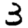
Digit: 3